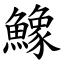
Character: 鱌